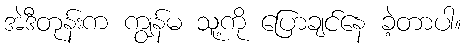
အဲဒီတုန်းက ကျွန်မ သူ့ကို ပြောချင်နေ ခဲ့တာပါ။